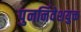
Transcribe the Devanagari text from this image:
पुनर्निवेशयुक्त